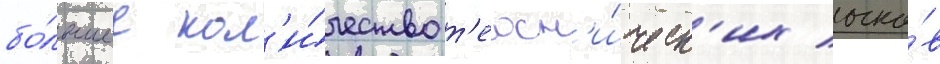
бо́льшее кол'и́чество т'ехн'и́ческ'их очко́в